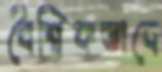
বৈশ্বিকভাবে